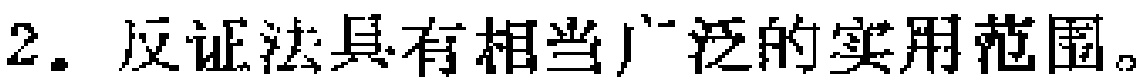
2. 反证法具有相当广泛的实用范围。